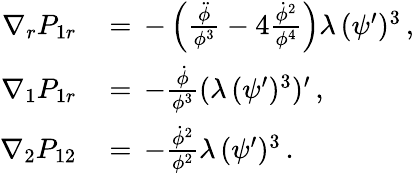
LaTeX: \begin{array}{rl}{\nabla_{r}P_{1r}\, }&{=\, -\left(\frac{\ddot{\phi}}{\phi^{3}}-4\frac{\dot{\phi}^{2}}{\phi^{4}}\right)\lambda\, (\psi^{\prime})^{3}\, ,}\\ {\nabla_{1}P_{1r}\, }&{=\, -\frac{\dot{\phi}}{\phi^{3}}(\lambda\, (\psi^{\prime})^{3})^{\prime}\, ,}\\ {\nabla_{2}P_{12}\, }&{=\, -\frac{\dot{\phi}^{2}}{\phi^{2}}\lambda\, (\psi^{\prime})^{3}\, .}\end{array}